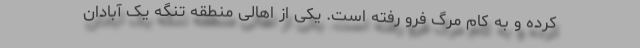
کرده و به کام مرگ فرو رفته است. یکی از اهالی منطقه تنگه یک آبادان